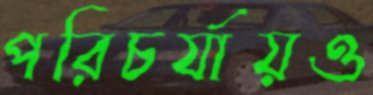
পরিচর্যায়ও